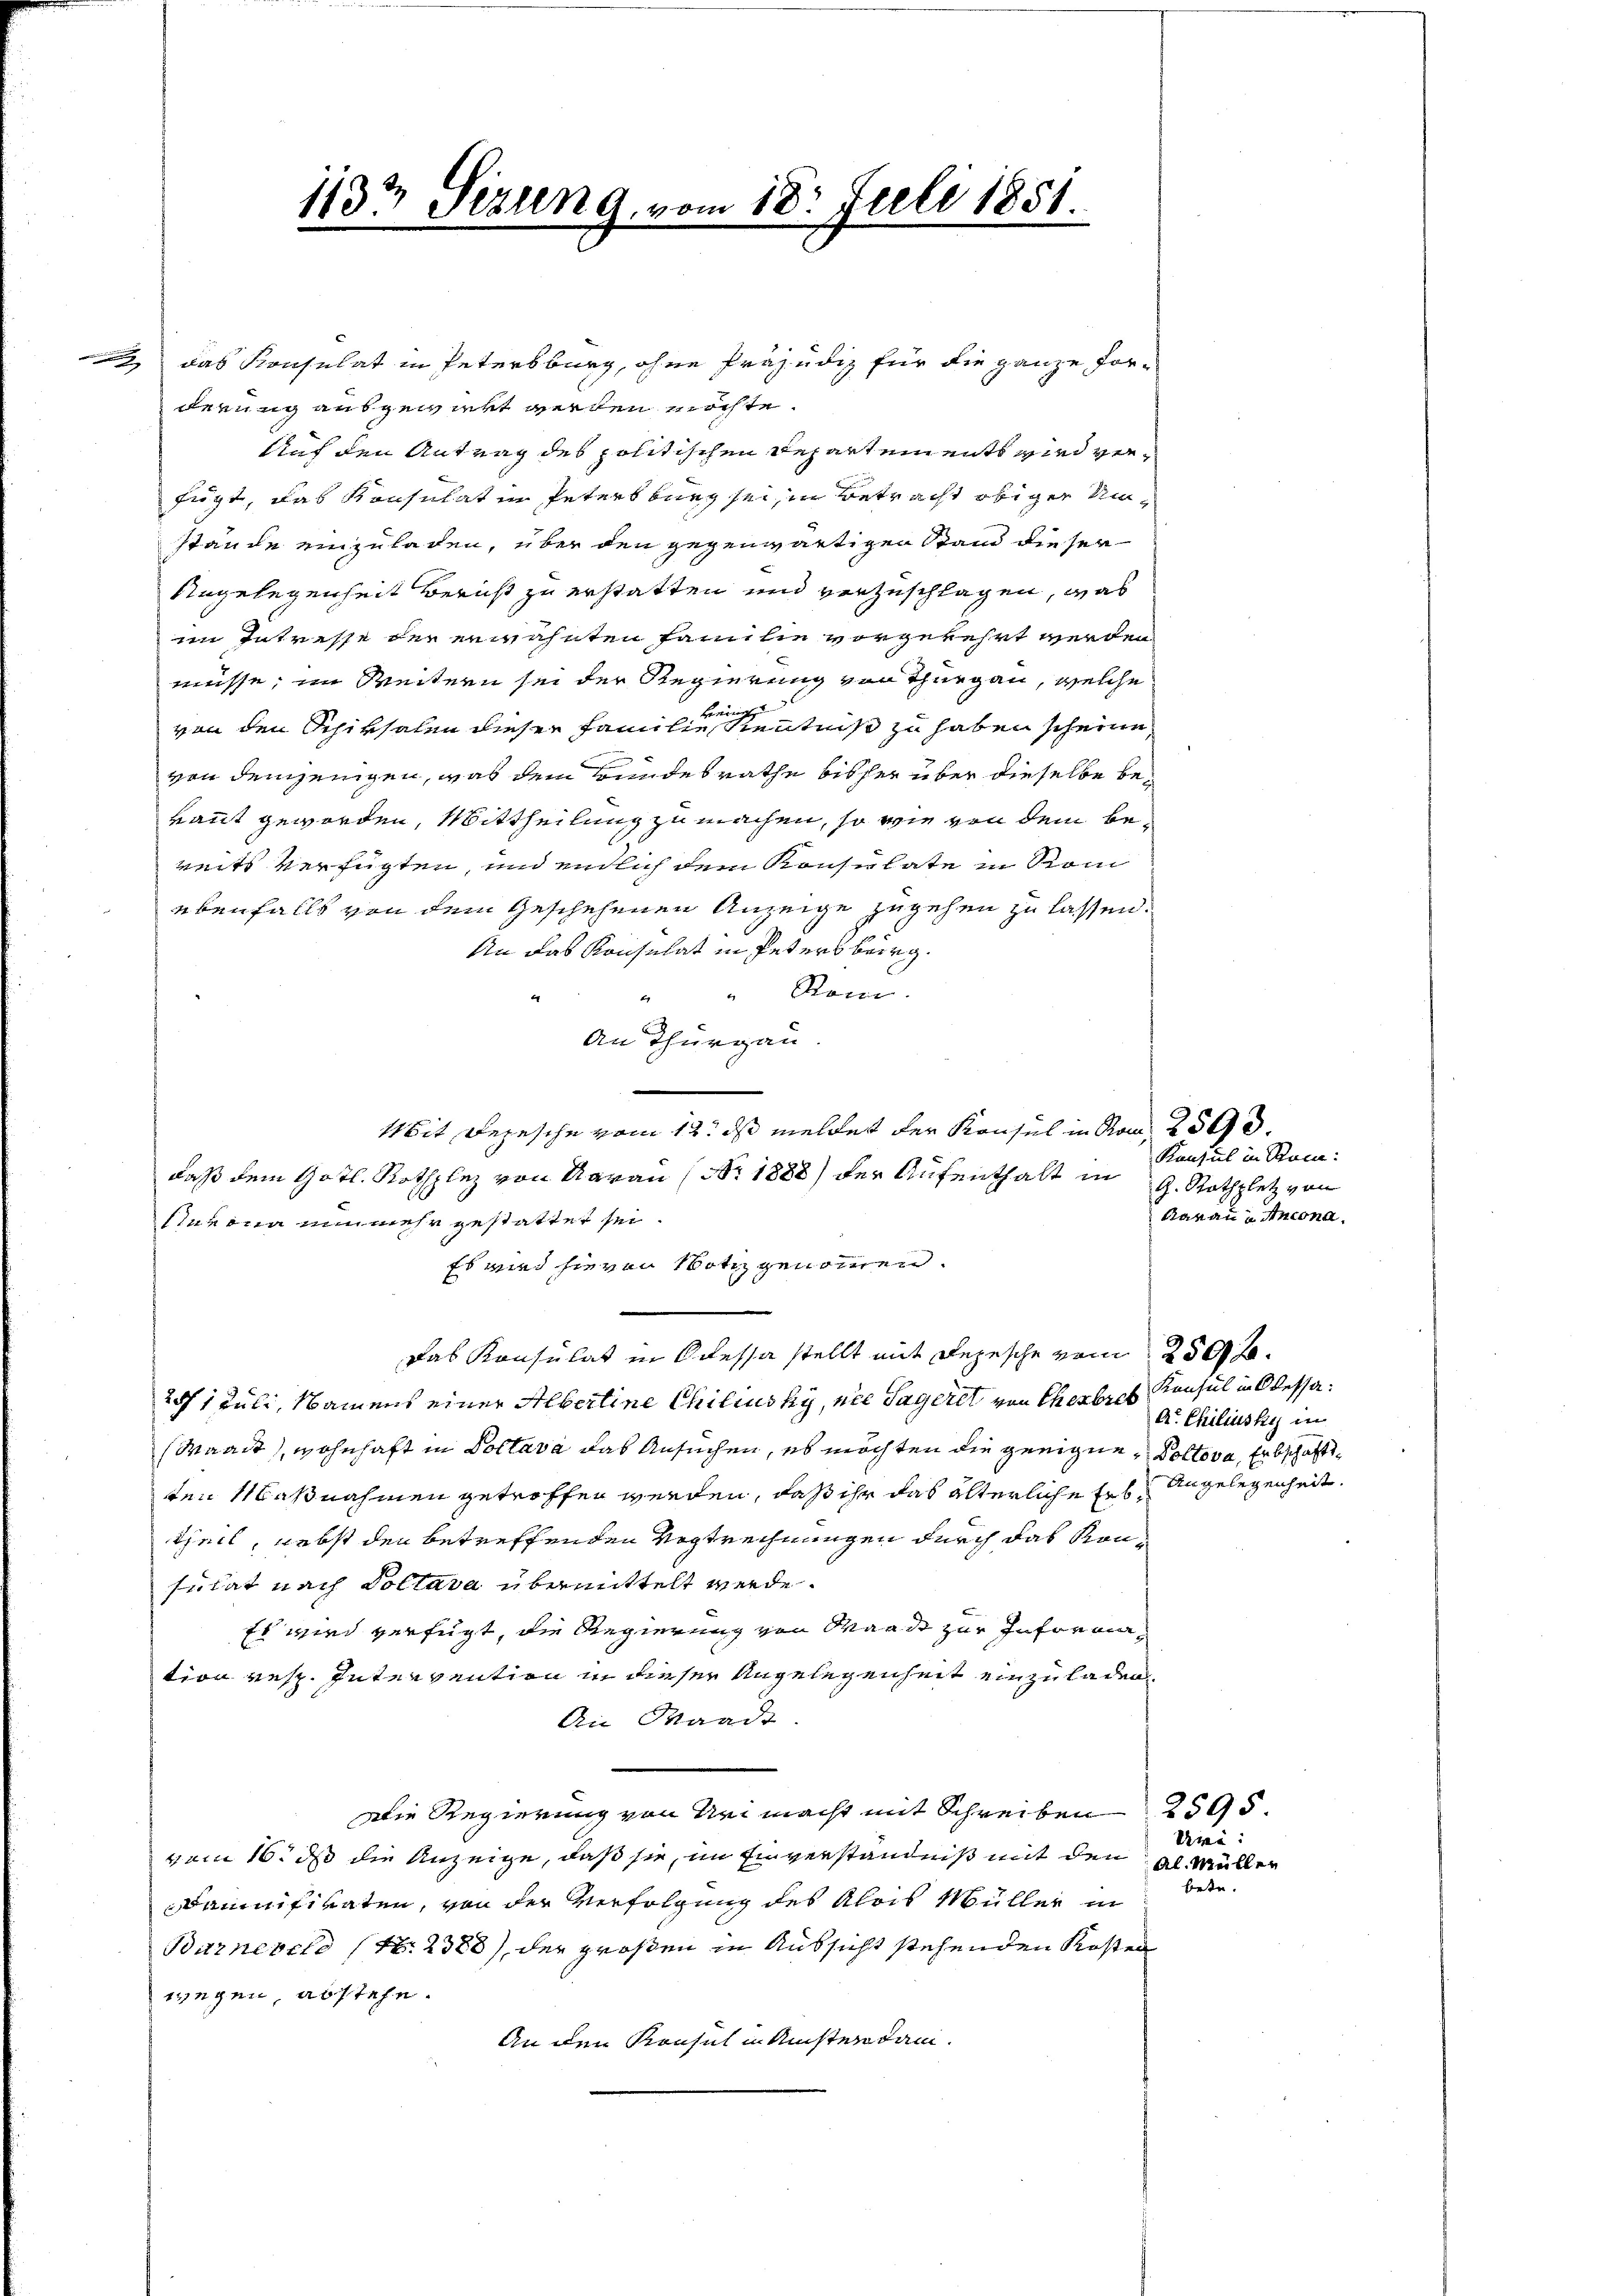
2 das Konsulat in Petersburg, ohne Präjudiz für die ganze For-
derung ausgewiert werden möchte.
Auf den Antrag des politischen Departements wird verfügt, das Konsulat in Petersburg sei, in Betracht obiger Umstände einzuladen, über den gegenwärtigen Stand dieser
Angelegenheit Bericht zu erstatten und vorzuschlagen, was
im Intresse der erwähnten Familie vorgekehrt werden
müsse, im Weitern sei der Regierung von Thurgau, welche
Beeinig
von den Schiksalen dieser Familie Kenntniß zu haben scheine
von demjenigen, was dem Bundesrathe bisher über dieselbe bekannt geworden, Mittheilung zu machen, so wie von dem bereits verfügten, und endlich dem Konsulate in Rom
ebenfalls von dem Geschehenen Anzeige zugehen zu lassen.
An das Konsulat in Petersburg.
"Rom.
e
An Thurgau
e
Mit Depesche vom 12. ds meldet der Konsul in Ron 2500.
daß dem Gotl. Rothplez von Aarau (Nr. 1888) der Aufenthalt in G. Rothplatz von
Anvona nunmehr gestattet sei.
Es wird hierin Notiz genommen.
Das Konsulat in Odessa stellt mit Depesche vom 250 f.
2/ 1 Juli, Namens einer Albertine Chiliusky, nie Tageret von Ehebres Konsul in Odessa¬
(Waadt), wohnhaft in Voltava das Ansuchen, es möchten die geeigne, Poltova, Erbschaftsten Maßnahmen getroffen werden, daß ihr das älterliche Ers Angelegenheit.
theil, nebst den betreffenden Vogtrechnungen durch das Konsulat nach Doltava übermittelt werde.
Es wird verfügt, die Regierung von Waadt zur Information resp. Intervention in dieser Angelegenheit einzuladen
An Waadt
Die Regierung von Uri macht mit Schreiben 2595.
vom 16. ds die Anzeige, daß sie, im Einverständniß mit den
Baumfivaten, von der Verfolgung des Alois Müller in
Barnereld (Nr. 2388), der großen in Aussicht stehenden Kosten
wegen, abstehe.
An den Konsul in Ansterdam.

113 Sizung, vom 18. Juli 1851
1

Konsul in Rum:
Aarau u Ancona.

A. Chiliusky in

Uri:
Al Müller
bete.